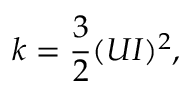
k = { \frac { 3 } { 2 } } ( U I ) ^ { 2 } ,